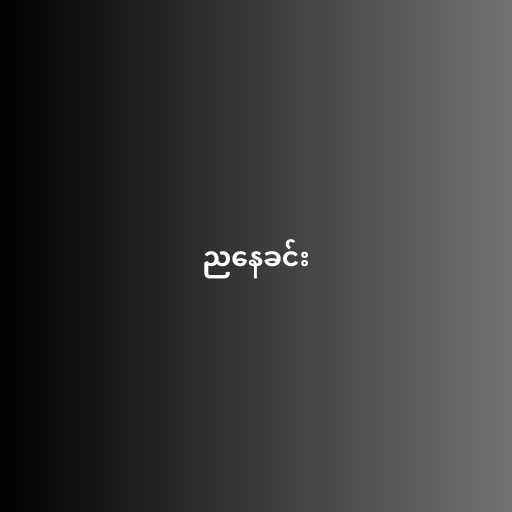
ညနေခင်း